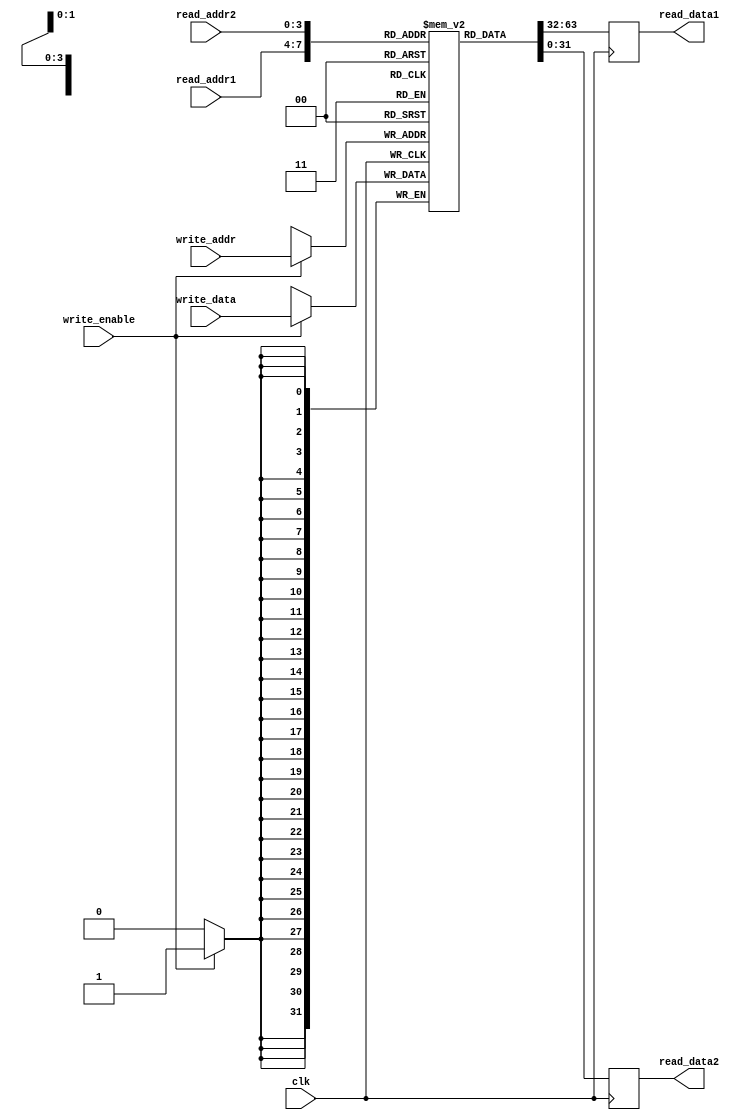
module register_file(
  input wire clk,
  input wire [3:0] read_addr1,
  input wire [3:0] read_addr2,
  input wire [3:0] write_addr,
  input wire [31:0] write_data,
  input wire write_enable,
  output reg [31:0] read_data1,
  output reg [31:0] read_data2
);

reg [31:0] regs [15:0];

always @(posedge clk) begin
  if(write_enable) begin
    regs[write_addr] <= write_data;
  end
  read_data1 <= regs[read_addr1];
  read_data2 <= regs[read_addr2];
end

endmodule